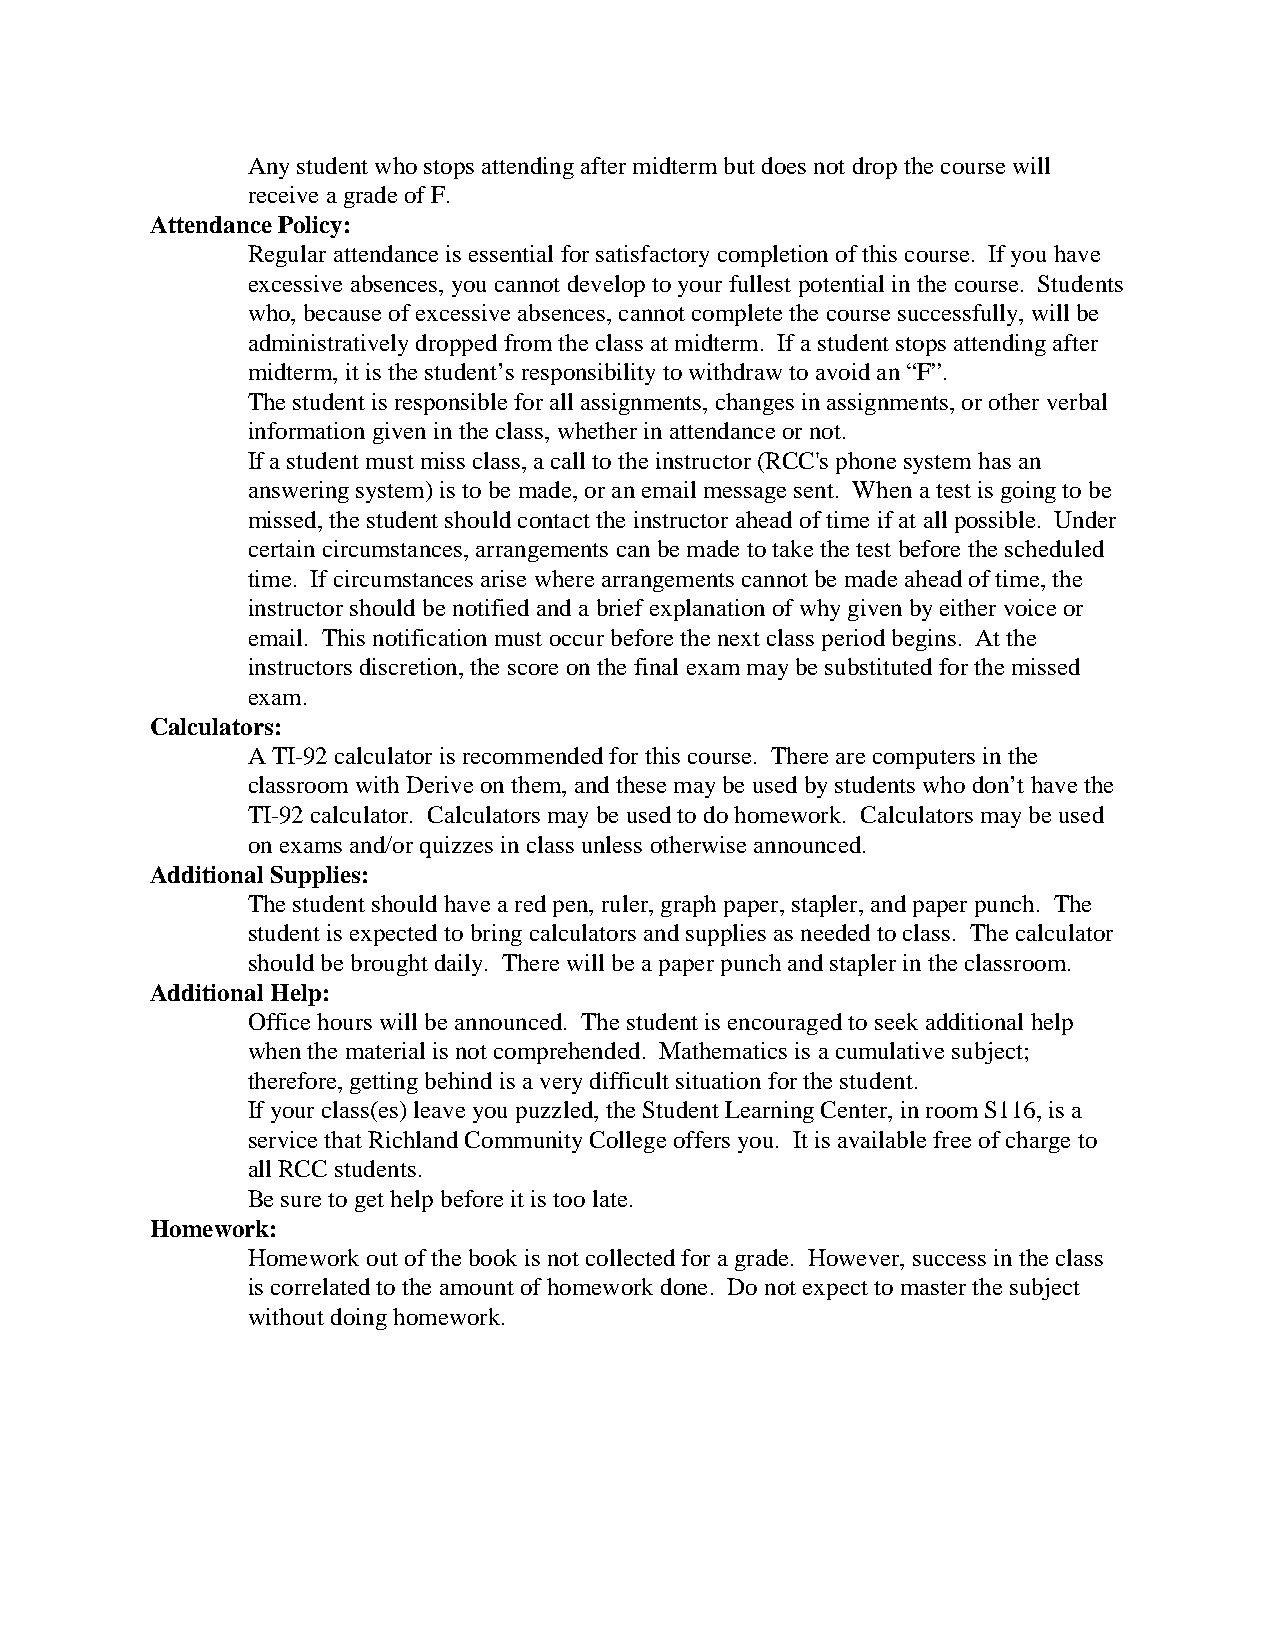
Any student who stops attending after midterm but does not drop the course will
 receive a grade of F.
 Attendance Policy:
 Regular attendance is essential for satisfactory completion of this course. If you have
 excessive absences, you cannot develop to your fullest potential in the course. Students
 who, because of excessive absences, cannot complete the course successfully, will be
 administratively dropped from the class at midterm. If a student stops attending after
 midterm, it is the student’s responsibility to withdraw to avoid an “F”.
 The student is responsible for all assignments, changes in assignments, or other verbal
 information given in the class, whether in attendance or not.
 If a student must miss class, a call to the instructor (RCC's phone system has an
 answering system) is to be made, or an email message sent. When a test is going to be
 missed, the student should contact the instructor ahead of time if at all possible. Under
 certain circumstances, arrangements can be made to take the test before the scheduled
 time. If circumstances arise where arrangements cannot be made ahead of time, the
 instructor should be notified and a brief explanation of why given by either voice or
 email. This notification must occur before the next class period begins. At the
 instructors discretion, the score on the final exam may be substituted for the missed
 exam.
 Calculators:
 A TI-92 calculator is recommended for this course. There are computers in the
 classroom with Derive on them, and these may be used by students who don’t have the
 TI-92 calculator. Calculators may be used to do homework. Calculators may be used
 on exams and/or quizzes in class unless otherwise announced.
 Additional Supplies:
 The student should have a red pen, ruler, graph paper, stapler, and paper punch. The
 student is expected to bring calculators and supplies as needed to class. The calculator
 should be brought daily. There will be a paper punch and stapler in the classroom.
 Additional Help:
 Office hours will be announced. The student is encouraged to seek additional help
 when the material is not comprehended. Mathematics is a cumulative subject;
 therefore, getting behind is a very difficult situation for the student.
 If your class(es) leave you puzzled, the Student Learning Center, in room S116, is a
 service that Richland Community College offers you. It is available free of charge to
 all RCC students.
 Be sure to get help before it is too late.
 Homework:
 Homework out of the book is not collected for a grade. However, success in the class
 is correlated to the amount of homework done. Do not expect to master the subject
 without doing homework.